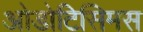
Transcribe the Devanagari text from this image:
ओडोटिसिमस